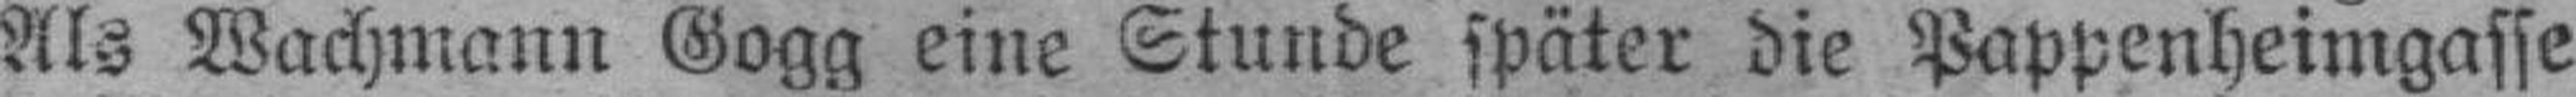
Als Wachmann Gogg eine Stunde später die Pappenheimgasse